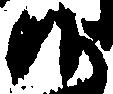
候